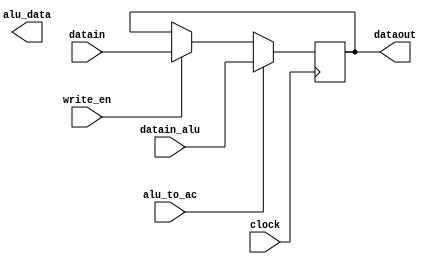
module regir(clock,write_en,alu_to_ac,datain,datain_alu,dataout,alu_data);
	
	input clock,write_en,alu_to_ac; 
	
	input [15:0] datain; 
	input [15:0] datain_alu;
	
	output reg [15:0] dataout;
	
	output reg [15:0] alu_data;
	always @(posedge clock) 
	
		begin  	
		if (write_en == 1) 
			dataout <= datain;
			//alu_data <= datain;
			//$display("[display] time=%0t AC_out=%0d ",$time,dataout);
			//$display("[display] time=%0t alu_out=%0d ",$time,alu_data);
		if (alu_to_ac == 1) 
			dataout <= datain_alu;
			//alu_data <= datain;
			//$display("[display] time=%0t AC(al)_out=%0d ",$time,dataout);
			///$display("[display] time=%0t alu_out=%0d ",$time,alu_data);

	   end 
endmodule